Annual administration and progress report of the Indian Medical Department, Bombay
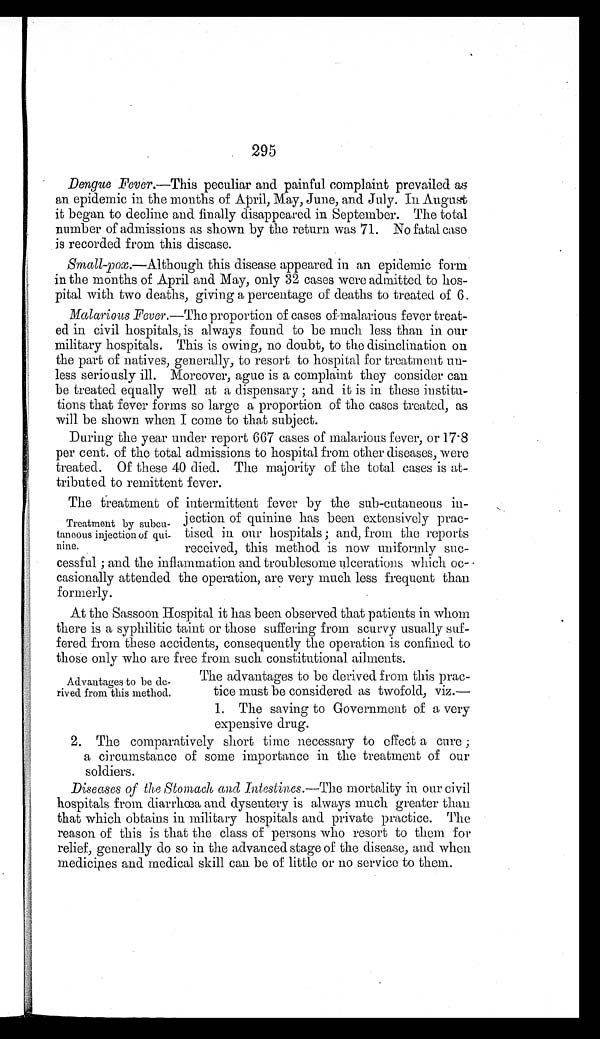
295
Dengue Fever.—This peculiar and painful complaint prevailed as
an epidemic in the months of April, May, June, and July. In August
it began to decline and finally disappeared in September. The total
number of admissions as shown by the return was 71. No fatal case
is recorded from this disease.
Small-pox.—Although this disease appeared in an epidemic form
in the months of April and May, only 32 cases were admitted to hos-
pital with two deaths, giving a percentage of deaths to treated of 6.
Malarious Fever.—The proportion of cases of malarious fever treat
-
ed in civil hospitals, is always found to be much less than in our
military hospitals. This is owing, no doubt, to the disinclination on
the part of natives, generally, to resort to hospital for treatment un-
less seriously ill. Moreover, ague is a complaint they consider can
be treated equally well at a dispensary ; and it is in these institu
-
tions that fever forms so large a proportion of the cases treated, as
will be shown when I come to that subject.
During the year under report 667 cases of malarious fever, or 17.8
per cent. of the total admissions to hospital from other diseases, were
treated. Of these 40 died. The majority of the total cases is at
-
tributed to remittent fever.
The treatment of intermittent fever by the sub-cutaneous in
-
jection of quinine has been extensively prac-
tised in our hospitals ; and, from the reports
received, this method is now uniformly suc-
cessful ; and the inflammation and troublesome ulcerations which oc-
casionally attended the operation, are very much less frequent than
formerly.
At the Sassoon Hospital it has been observed that patients in whom
there is a syphilitic taint or those suffering from scurvy usually suf
-
fered from these accidents, consequently the operation is confined to
those only who are free from such constitutional ailments.
Treatment by subcu-
taneous injection of qui-
nine.
Advantages to be de-
rived from this method.
The advantages to be derived from this prac-
tice must be considered as twofold, viz.
—
1. The saving to Government of a very
expensive drug.
2. The comparatively short time necessary to effect a cure;
a circumstance of some importance in the treatment of our
soldiers.
Diseases of the Stomach, and Intestines.— The mortality in our civil
hospitals from diarrhœa and dysentery is always much greater than
that which obtains in military hospitals and private practice. The
reason of this is that the class of persons who resort to them for
relief, generally do so in the advanced stage of the disease, and when
medicines and medical skill can be of little or no service to them.